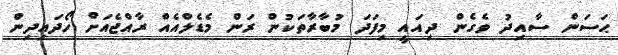
ޙަސަން ސާއިދު ވެގެން ދިއައީ މިފަދަ މުބާރާތަކުން ރަން މެޑެލްއެއް ރާއްޖެއަށް ހޯދައިދިން